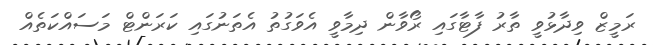
ރަމީޒް ވިދާޅުވީ ތާރު ފާޓާގައި ރޯވާން ދިމާވީ އެވަގުތު އެތަނުގައި ކަރަންޓް މަސައްކަތެއް